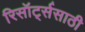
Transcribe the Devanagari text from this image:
रिसॉर्ट्ससाठी